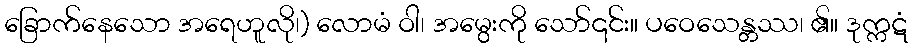
ခြောက်နေသော အရေဟူလို၊) လောမံ ဝါ၊ အမွေးကို သော်၎င်း။ ပဝေသေန္တဿ၊ ၏။ ဒုက္ကဋံ